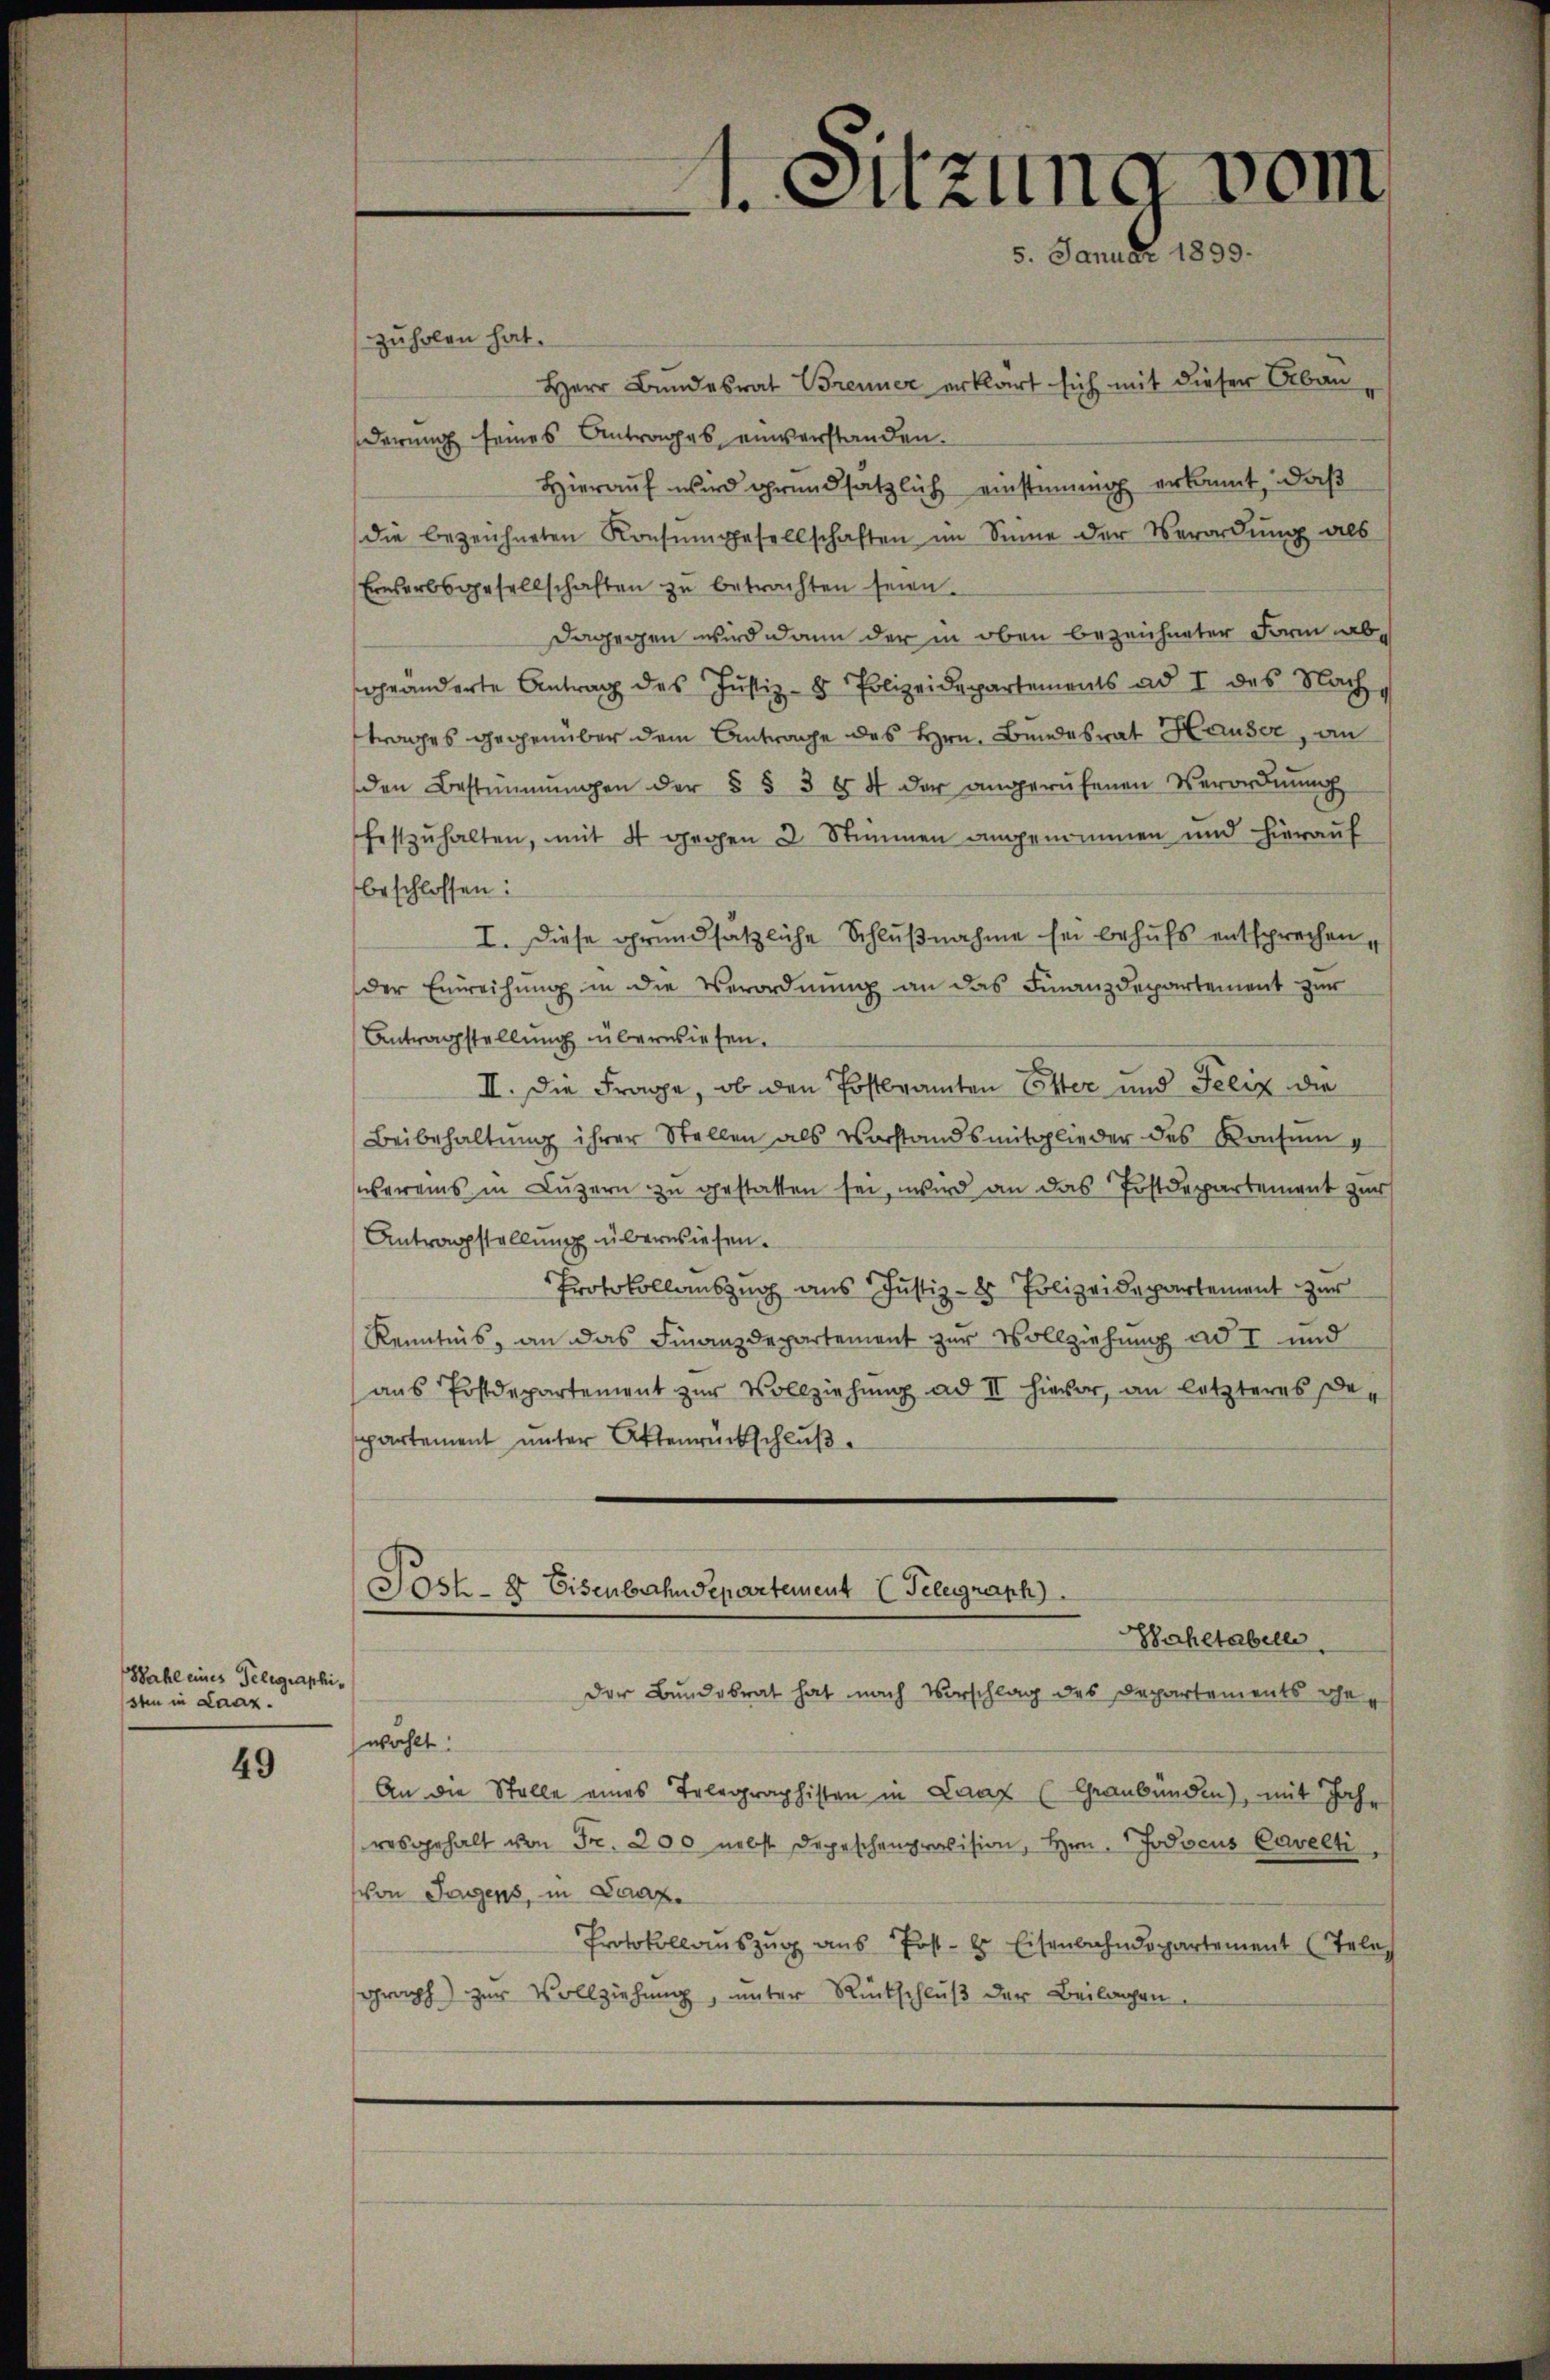
Wahl eines Telegraphisten in Laaz.

49

Sitzung vom
5. Januar 1899.

zuholen hat.
Herr Bundesrat Brenner erklärt sich mit dieser Abanderung seines Antrages einverstanden.
Hierauf wird grundsätzlich einstimmig erkannt, daß
die bezeichneten Konsŭmgesellschaften im Sinne der Verordŭng als
Erwerbsgesellschaften zu betrachten seien.
Dagegen wird dann der in oben bezeichneter Form abgeänderte Antrag des Justiz- & Polizeidepartements ad I des Nachtrages gegenüber dem Antrage des Hrn. Bundesrat Hauser, an
den Bestimmungen der § § 3 § 4 der angerŭfenen Verordnŭng
festzŭhalten, mit 4 gegen 3 Stimmen angenommen und hierauf
beschlossen:
I. Diese grundsätzliche Schlußnahme sei behufs entsprechen,
der Einreihung in die Verordnung an das Finanzdepartement zur
Antragstellung überwiesen.
II. Die Frage, ob den Postbramten Ester und Felix die
Beibehaltung ihrer Stellen als Vorstandsmitglieder des Konsum
übereins in Luzern zu gestatten sei, wird an das Postdepartement zur
Antragstellung überwiesen.
Protokollauszug aus Justiz- & Polizeidepartement zur
Kenntnis, an das Finanzdepartement zur Vollziehung ad I und
ans Postdepartement zur Vollziehung ad II hievor, an letzteres Deppartement unter Aktenrückschluß
Post- & Eisenbahndepartement Telegraph
Shltabell
der Bundesrat hat nach Vorschlag des Departements gewählt:
An die Stelle eines Telegraphisten in Laaz (Graubünden), mit Joh.
rosgehalt von Fr. 200 nebst Depeschenprovision, Hrn. Jodocus Cavelti
von Tagens, in Saaz
Protokollaŭszŭg ans Post- & Eisenbahndepartement (Tele
graph) zur Vollziehung, unter Rückschluß der Beilagen,